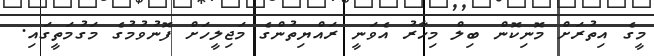
މީގެ އިތުރަށް މޮނިކޮން ބިލް މިހާރު އެވަނީ ރައްޔިތުންގެ މަޖިލީހަށް ފޮނުވުމުގެ މަގުމަތީގައި.